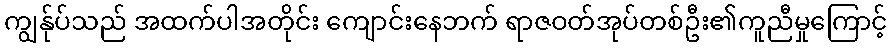
ကျွန်ုပ်သည် အထက်ပါအတိုင်း ကျောင်းနေဘက် ရာဇဝတ်အုပ်တစ်ဦး၏ကူညီမှုကြောင့်